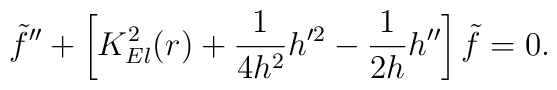
{\tilde {f}}''+\left[ K^{2}_{El}(r) +\frac {1}{4h^{2}} h'^{2}-\frac {1}{2h} h'' \right] {\tilde {f}} =0.